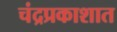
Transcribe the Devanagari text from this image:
चंद्रप्रकाशात